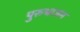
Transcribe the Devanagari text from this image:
पुरुभाजन